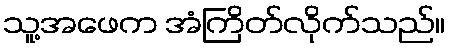
သူ့အဖေက အံကြိတ်လိုက်သည်။